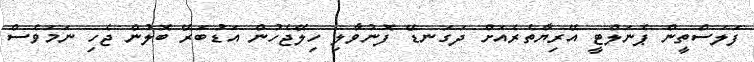
ފަލަސްތީން ޕެނަލްޓީ އޭރިޔާތެރެއަށް ދަގަނޑޭ ފޮނުވާލި ހިލޭޖެހުން އަޑުބަރޭ ބޮލުން ޖެހި ނަމަވެސް